Annual administration report of the Civil Veterinary Department, Sind - 1942-1943
Year: 1942
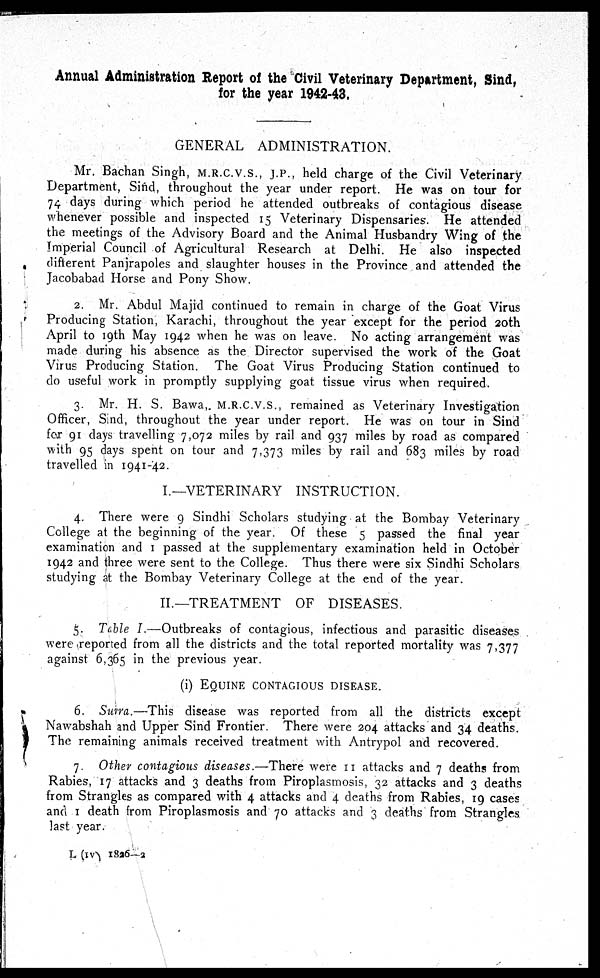
Annual Administration Report of the Civil Veterinary Department, Sind,
for the year 1942-43.
GENERAL ADMINISTRATION.
Mr. Bachan Singh, M.R.C.V.S., J.P., held charge of the Civil Veterinary
Department, Sind, throughout the year under report. He was on tour for
74 days during which period he attended outbreaks of contagious disease
whenever possible and inspected 15 Veterinary Dispensaries. He attended
the meetings of the Advisory Board and the Animal Husbandry Wing of the
Imperial Council of Agricultural Research at Delhi. He also inspected
different Panjrapoles and slaughter houses in the Province and attended the
Jacobabad Horse and Pony Show.
2. Mr. Abdul Majid continued to remain in charge of the Goat Virus
Producing Station, Karachi, throughout the year except for the period 20th
April to 19th May 1942 when he was on leave. No acting arrangement was
made during his absence as the Director supervised the work of the Goat
Virus Producing Station. The Goat Virus Producing Station continued to
do useful work in promptly supplying goat tissue virus when required.
3. Mr. H. S. Bawa,. M.R.C.V.S., remained as Veterinary Investigation
Officer, Sind, throughout the year under report. He was on tour in Sind
for 91 days travelling 7,072 miles by rail and 937 miles by road as compared
with 95 days spent on tour and 7,373 miles by rail and 683 miles by road
travelled in 1941-42.
I.—VETERINARY INSTRUCTION.
4. There were 9 Sindhi Scholars studying at the Bombay Veterinary
College at the beginning of the year. Of these 5 passed the final year
examination and 1 passed at the supplementary examination held in October
1942 and three were sent to the College. Thus there were six Sindhi Scholars
studying at the Bombay Veterinary College at the end of the year.
II.—TREATMENT OF DISEASES.
5. Table I.—Outbreaks of contagious, infectious and parasitic diseases
were reported from all the districts and the total reported mortality was 7,377
against 6,365 in the previous year.
(i) EQUINE CONTAGIOUS DISEASE.
6. Surra.—This disease was reported from all the districts except
Nawabshah and Upper Sind Frontier. There were 204 attacks and 34 deaths.
The remaining animals received treatment with Antrypol and recovered.
7. Other contagious diseases.—There were 11 attacks and 7 deaths from
Rabies, 17 attacks and 3 deaths from Piroplasmosis, 32 attacks and 3 deaths
from Strangles as compared with 4 attacks and 4 deaths from Rabies, 19 cases
and 1 death from Piroplasmosis and 70 attacks and 3 deaths from Strangles
last year.
L (IV) 1826-2